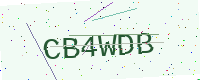
Text: CB4WDB